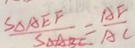
\frac { S _ { \Delta } A E F } { S _ { \Delta A B C } } = \frac { A F } { A C }